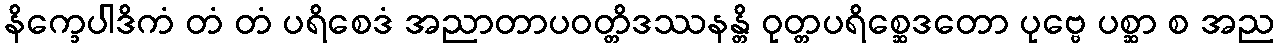
နိက္ခေပါဒိကံ တံ တံ ပရိစေဒံ အညာတာပဝတ္တိဒဿနန္တိ ဝုတ္တပရိစ္ဆေဒတော ပုဗ္ဗေ ပစ္ဆာ စ အည